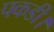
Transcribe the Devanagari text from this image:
पकडी।